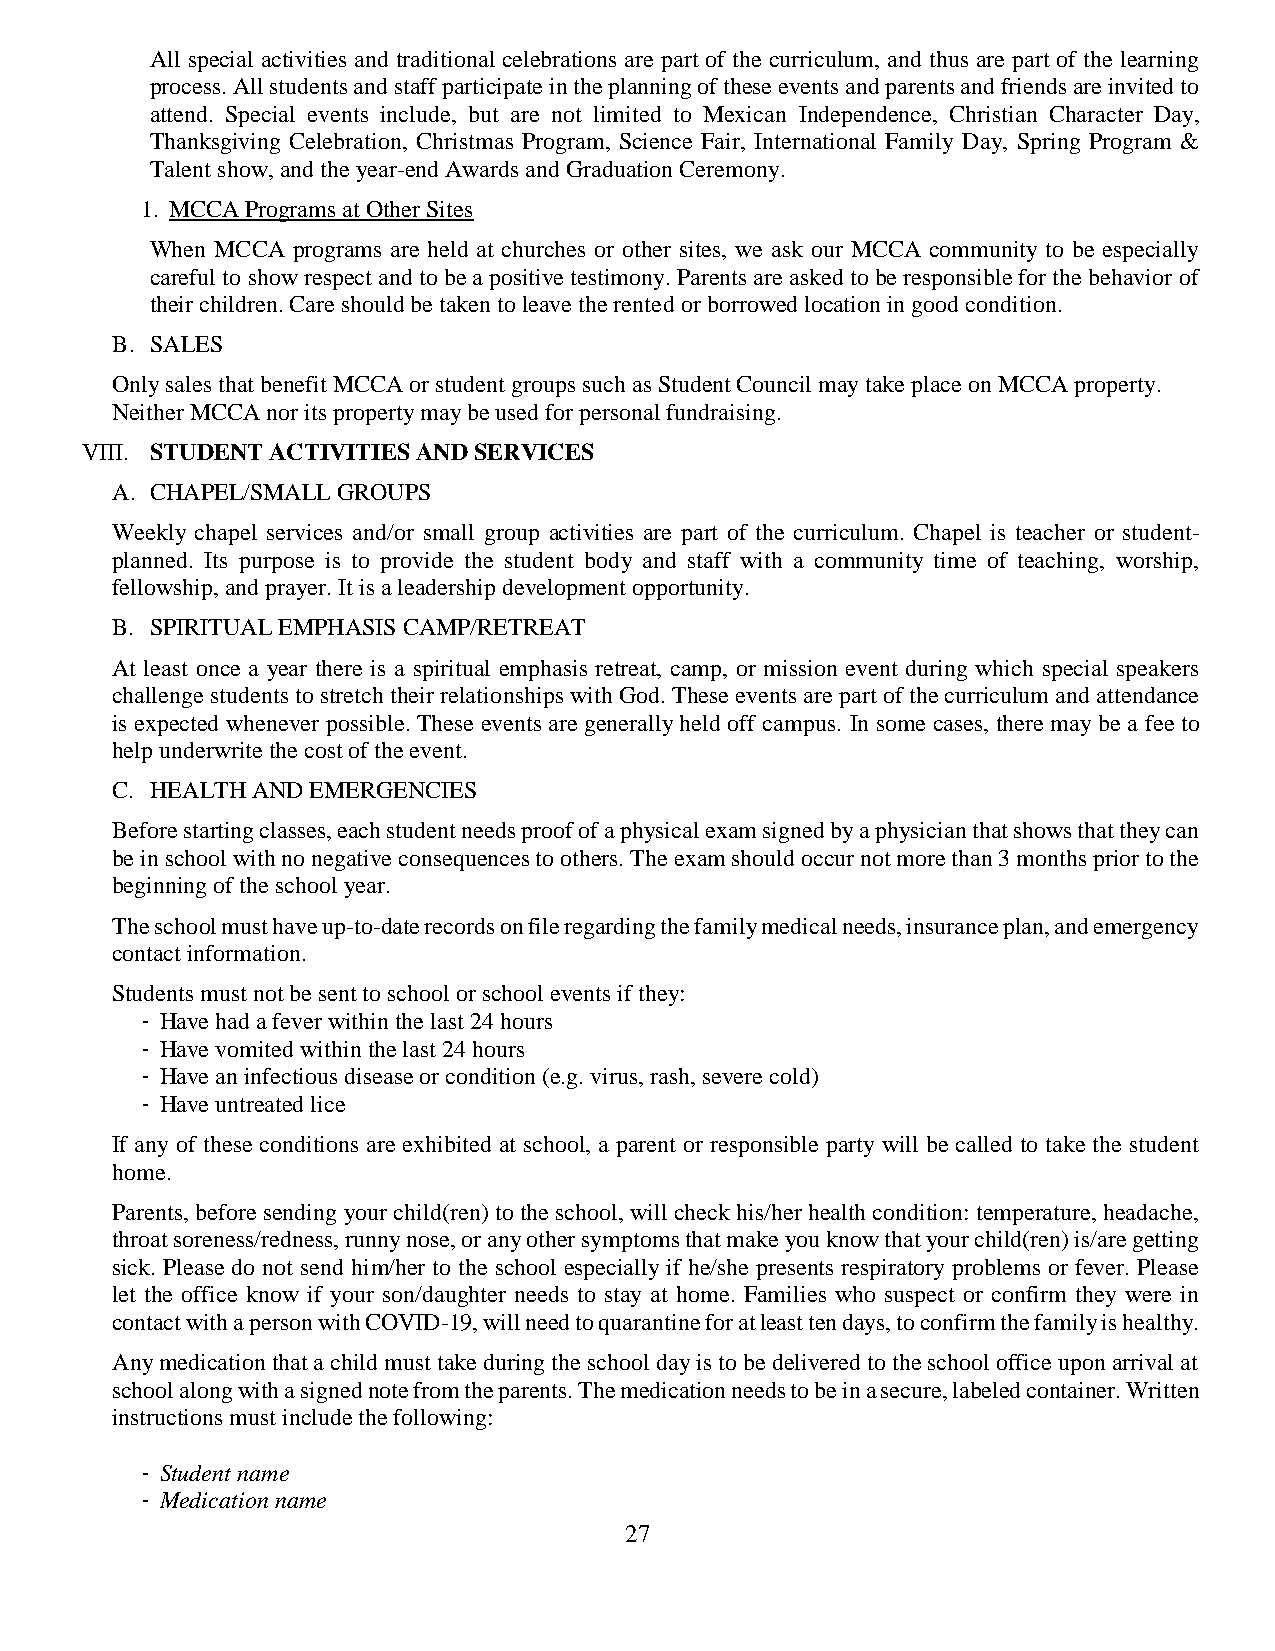
All special activities and traditional celebrations are part of the curriculum, and thus are part of the learning
 process. All students and staff participate in the planning of these events and parents and friends are invited to
 attend. Special events include, but are not limited to Mexican Independence, Christian Character Day,
 Thanksgiving Celebration, Christmas Program, Science Fair, International Family Day, Spring Program &
 Talent show, and the year-end Awards and Graduation Ceremony.
 1. MCCA Programs at Other Sites
 When MCCA programs are held at churches or other sites, we ask our MCCA community to be especially
 careful to show respect and to be a positive testimony. Parents are asked to be responsible for the behavior of
 their children. Care should be taken to leave the rented or borrowed location in good condition.
 B. SALES
 Only sales that benefit MCCA or student groups such as Student Council may take place on MCCA property.
 Neither MCCA nor its property may be used for personal fundraising.
 VIII. STUDENT ACTIVITIES AND SERVICES
 A. CHAPEL/SMALL GROUPS
 Weekly chapel services and/or small group activities are part of the curriculum. Chapel is teacher or student-
 planned. Its purpose is to provide the student body and staff with a community time of teaching, worship,
 fellowship, and prayer. It is a leadership development opportunity.
 B. SPIRITUAL EMPHASIS CAMP/RETREAT
 At least once a year there is a spiritual emphasis retreat, camp, or mission event during which special speakers
 challenge students to stretch their relationships with God. These events are part of the curriculum and attendance
 is expected whenever possible. These events are generally held off campus. In some cases, there may be a fee to
 help underwrite the cost of the event.
 C. HEALTH AND EMERGENCIES
 Before starting classes, each student needs proof of a physical exam signed by a physician that shows that they can
 be in school with no negative consequences to others. The exam should occur not more than 3 months prior to the
 beginning of the school year.
 The school must have up-to-date records on file regarding the family medical needs, insurance plan, and emergency
 contact information.
 Students must not be sent to school or school events if they:
 - Have had a fever within the last 24 hours
 - Have vomited within the last 24 hours
 - Have an infectious disease or condition (e.g. virus, rash, severe cold)
 - Have untreated lice
 If any of these conditions are exhibited at school, a parent or responsible party will be called to take the student
 home.
 Parents, before sending your child(ren) to the school, will check his/her health condition: temperature, headache,
 throat soreness/redness, runny nose, or any other symptoms that make you know that your child(ren) is/are getting
 sick. Please do not send him/her to the school especially if he/she presents respiratory problems or fever. Please
 let the office know if your son/daughter needs to stay at home. Families who suspect or confirm they were in
 contact with a person with COVID-19, will need to quarantine for at least ten days, to confirm the family is healthy.
 Any medication that a child must take during the school day is to be delivered to the school office upon arrival at
 school along with a signed note from the parents. The medication needs to be in a secure, labeled container. Written
 instructions must include the following:
 - Student name
 - Medication name
 27